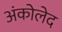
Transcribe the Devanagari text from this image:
अंकोलेद